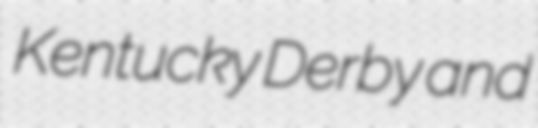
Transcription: Kentucky Derby and